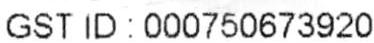
GST ID : 000750673920